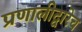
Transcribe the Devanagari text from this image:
प्रणालीद्वारेच